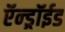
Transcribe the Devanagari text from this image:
ऍन्ड्रॉईड